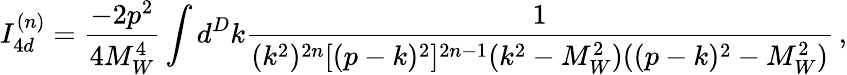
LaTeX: I_{4d}^{(n)}=\frac{-2p^{2}}{4M_{W}^{4}}\int d^{D}k\frac{1}{(k^{2})^{2n}[(p-k)^{2}]^{2n-1}(k^{2}-M_{W}^{2})((p-k)^{2}-M_{W}^{2})}\, ,